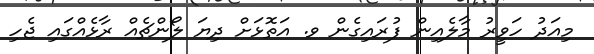
މިއަދު ހަވީރު މާލެއިން ފުރައިގެން ވ. އަތޮޅަށް ދިޔަ ލޯންޗެއް ރާޅެއްގައި ޖެހި